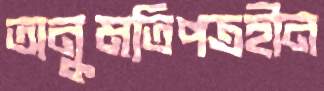
অনুমতিপত্রহীন